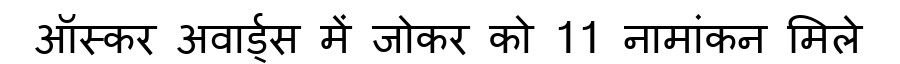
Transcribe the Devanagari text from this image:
ऑस्कर अवार्ड्स में जोकर को 11 नामांकन मिले